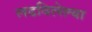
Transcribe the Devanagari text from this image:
लढविलेल्या